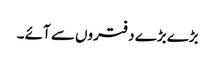
بڑے بڑے دفتروں سے آئے ۔